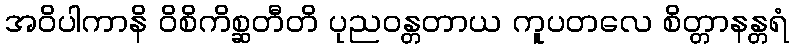
အဝိပါကာနိ ဝိစိကိစ္ဆတီတိ ပုညဝန္တတာယ ကူပတလေ စိတ္တာနန္တရံ